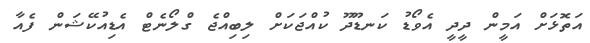
އަތޮޅަށް އަމީން ދީދީ އެވޯޑު ކަނޑޫދޫ ކުއްޖަކަށް ލިބިއްޖެ ގްލޯނެޓް އެޑިއުކޭޝަން ފެއާ